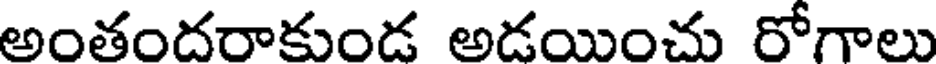
అంతందరాకుండ అడయించు రోగాలు